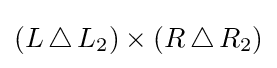
\left(L\,\triangle \,L_{2}\right)\times \left(R\,\triangle \,R_{2}\right)